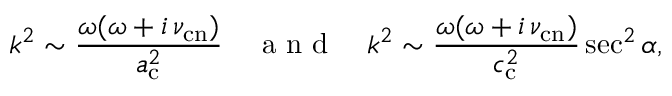
k ^ { 2 } \sim \frac { \omega ( \omega + i \, \nu _ { \mathrm { c n } } ) } { a _ { \mathrm { c } } ^ { 2 } } \quad \mathrm { ~ a ~ n ~ d ~ } \quad k ^ { 2 } \sim \frac { \omega ( \omega + i \, \nu _ { \mathrm { c n } } ) } { c _ { \mathrm { c } } ^ { 2 } } \sec ^ { 2 } \alpha ,